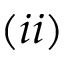
( i i )